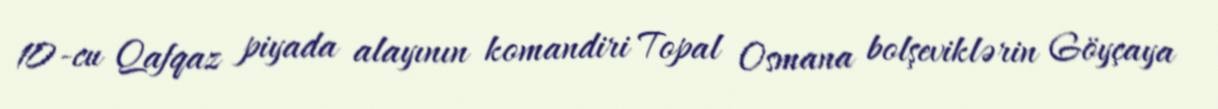
10-cu Qafqaz piyada alayının komandiri Topal Osmana bolşeviklərin Göyçaya